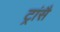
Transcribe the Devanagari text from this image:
ट्रांसै